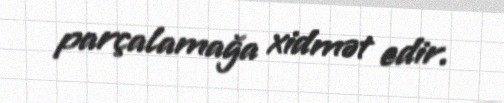
parçalamağa xidmət edir.